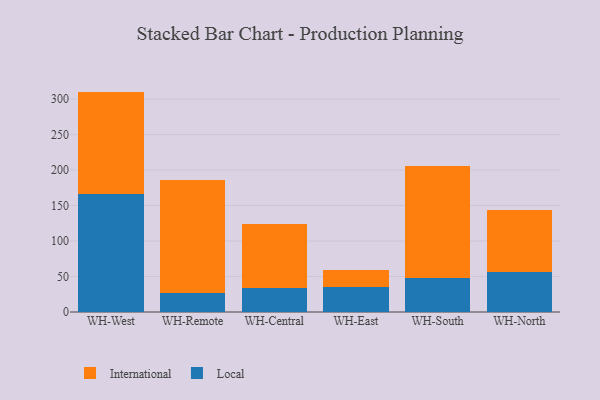
{"axis": {"x": "Warehouse", "y": "Churn Rate (%)"}, "legend": ["International", "Local"], "data": [{"x": "WH-West", "y": 165.7, "type": "Local"}, {"x": "WH-West", "y": 144.9, "type": "International"}, {"x": "WH-Remote", "y": 27.1, "type": "Local"}, {"x": "WH-Remote", "y": 158.7, "type": "International"}, {"x": "WH-Central", "y": 33.8, "type": "Local"}, {"x": "WH-Central", "y": 89.9, "type": "International"}, {"x": "WH-East", "y": 34.7, "type": "Local"}, {"x": "WH-East", "y": 24.5, "type": "International"}, {"x": "WH-South", "y": 48.5, "type": "Local"}, {"x": "WH-South", "y": 157.9, "type": "International"}, {"x": "WH-North", "y": 56.0, "type": "Local"}, {"x": "WH-North", "y": 87.3, "type": "International"}]}